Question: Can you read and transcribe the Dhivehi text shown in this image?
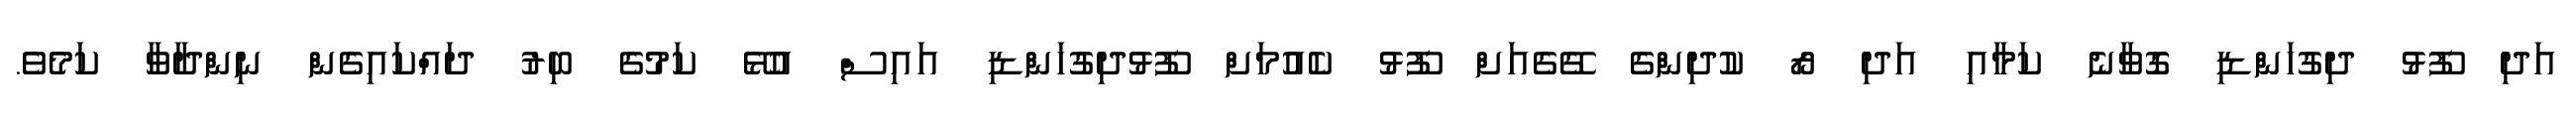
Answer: އަދި ފޫޅު ދިގުހަންޑި ގޮވާނެ ކަމާއި އަދި ރޯ ކުދިންގެ ގޭގެއަށް ފޫޅު ކެއުމަށް ފޫޅުދިގުހަންޑި އައިސް އުޅޭ ކަމުގެ ބިރު ދައްކައިގެން ނިންދާވާ ކަމެވެ.